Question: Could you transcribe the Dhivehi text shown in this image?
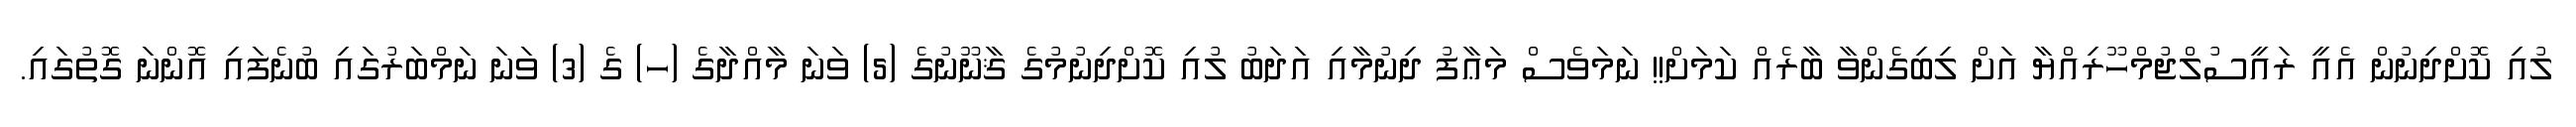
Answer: ލުއި ކޮށްދިނުން އެއީ ރައީސުލްޖުމްހޫރިއްޔާ އަށް ލިބިގެންވާ ބާރެއް ކަމަށް!! ނަމަވެސް މަޢާފު ދިނުމާއި އަދަބު ލުއި ކޮށްދިނުމުގެ ޤާނޫނުގެ (5) ވަނަ މާއްދާގެ (ހ) ގެ (3) ވަނަ ނަމްބަރުގައި ބުނެފައި އޮންނަ ގޮތުގައި.